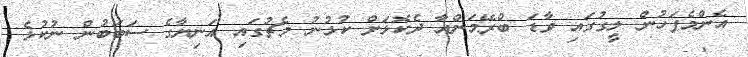
އެންމެފަހުން ލީގުގައި ވާޑަ ބްރޭމަންއާ ދެކޮޅަށް ކުޅުނު މެޗުގައި އަނިޔާގެ ސަބަބުން ނުކުޅެ